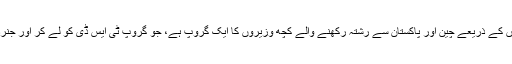
حکومت ہند کے وزیروں میں بھی، ہتھیاروں کے دلالوں سے اور ان دلالوں کے ذریعے چین اور پاکستان سے رشتہ رکھنے والے کچھ وزیروں کا ایک گروپ ہے، جو گروپ ٹی ایس ڈی کو لے کر اور جنرل وی کے سنگھ کے ذریعے بنائے گئے ضابطوں کو ختم کرانا چاہتا ہے۔